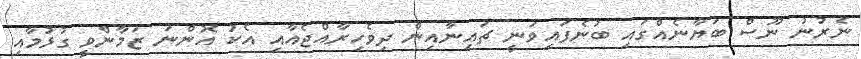
ނެރުނު ނޫސް ބަޔާނެއްގައި ބުނެފައިވަނީ ޗައިނާއިން ދިވެހިރާއްޖެއާއި އެކު އޮންނަ ޒަމާންވީ ގުޅުމާއި